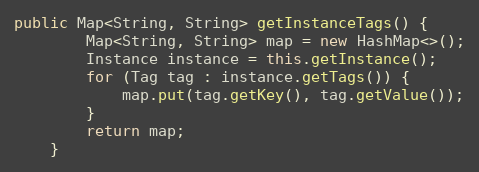
Language: Java
public Map<String, String> getInstanceTags() {
        Map<String, String> map = new HashMap<>();
        Instance instance = this.getInstance();
        for (Tag tag : instance.getTags()) {
            map.put(tag.getKey(), tag.getValue());
        }
        return map;
    }